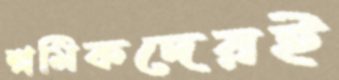
শ্রমিকদেরই